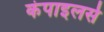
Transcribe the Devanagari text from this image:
कंपाइलर्स